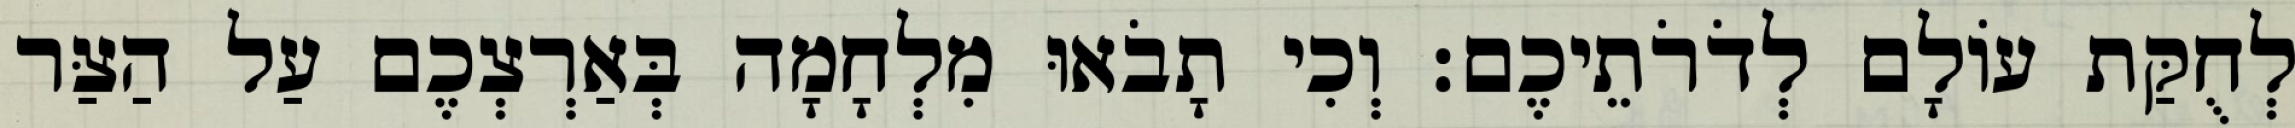
לְחֻקַּת עוֹלָם לְדֹרֹתֵיכֶם׃ וְכִי תָבֹאוּ מִלְחָמָה בְּאַרְצְכֶם עַל הַצַּר